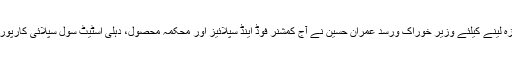
دہلی حکومت کی جانب سے دہلی کے عوام کو فراہم کی جا رہی سستی پیازکی تقسیم کا جائزہ لینے کیلئے وزیر خوراک ورسد عمران حسین نے آج کمشنر فوڈ اینڈ سپلائیز اور محکمہ محصول، دہلی اسٹیٹ سول سپلائی کارپوریشن، اے پی ایم سی،دہلی زرعی مارکیٹنگ بورڈ وغیرہ کے اعلی افسران کی میٹنگ بلا ئی۔